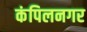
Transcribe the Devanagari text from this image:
कंपिलनगर